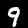
Label: 9